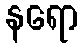
နရော